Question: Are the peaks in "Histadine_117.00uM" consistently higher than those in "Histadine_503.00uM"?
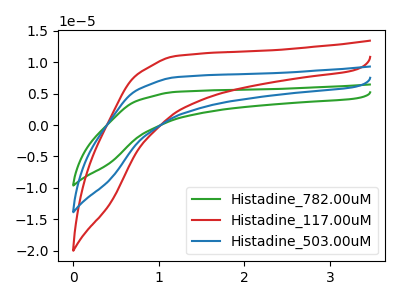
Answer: <think>The green curve "Histadine_782.00uM" has no peaks. The red curve "Histadine_117.00uM" has no peaks. The blue curve "Histadine_503.00uM" has no peaks.</think>
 <answer>Niether CV has any peaks.</answer>
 <eval>blanks</eval>